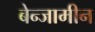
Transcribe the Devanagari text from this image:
बेन्जामीन